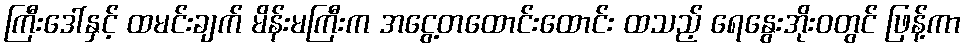
ကြီးဒေါ်နှင့် ထမင်းချက် မိန်းမကြီးက အငွေ့တထောင်းထောင်း ထသည့် ရေနွေးအိုးဝတွင် ဖြန့်ကာ